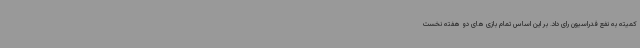
کمیته به نفع فدراسیون رای داد. بر این اساس تمام بازی های دو هفته نخست